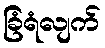
ခြံရံလျက်